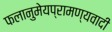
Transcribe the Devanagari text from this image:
फलानुमेयप्रामण्यवादी